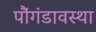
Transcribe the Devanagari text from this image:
पौंगंडावस्था